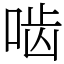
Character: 啮